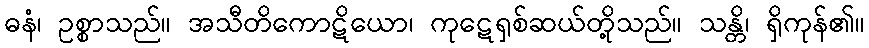
ဓနံ၊ ဥစ္စာသည်။ အသီတိကောဋိယော၊ ကုဋေရှစ်ဆယ်တို့သည်။ သန္တိ၊ ရှိကုန်၏။